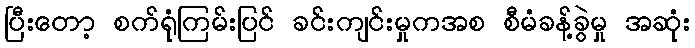
ပြီးတော့ စက်ရုံကြမ်းပြင် ခင်းကျင်းမှုကအစ စီမံခန့်ခွဲမှု အဆုံး